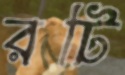
রটি